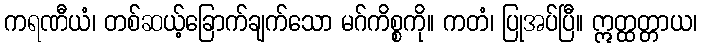
ကရဏီယံ၊ တစ်ဆယ့်ခြောက်ချက်သော မဂ်ကိစ္စကို။ ကတံ၊ ပြုအပ်ပြီ။ ဣတ္ထတ္တာယ၊